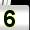
Digit: 5